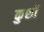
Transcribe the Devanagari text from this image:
कुशों